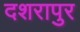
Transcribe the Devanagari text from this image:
दशरापुर